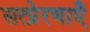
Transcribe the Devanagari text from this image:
सत्प्रेरणाएँ